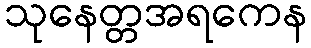
သုနေတ္တအရကေန